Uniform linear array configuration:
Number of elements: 64
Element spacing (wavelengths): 0.25
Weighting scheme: binomial
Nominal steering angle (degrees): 45
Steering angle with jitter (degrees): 44.378
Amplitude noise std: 0.05
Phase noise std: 0.05

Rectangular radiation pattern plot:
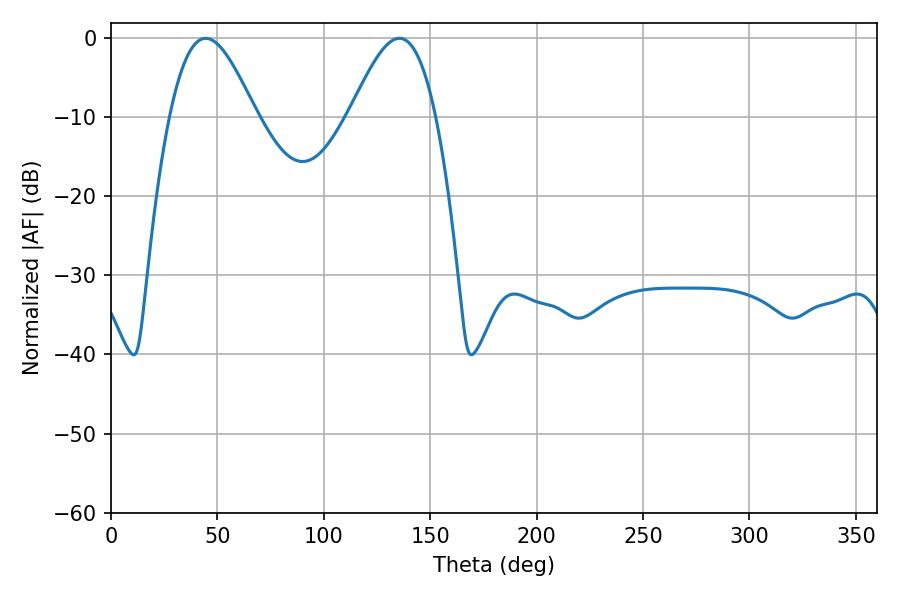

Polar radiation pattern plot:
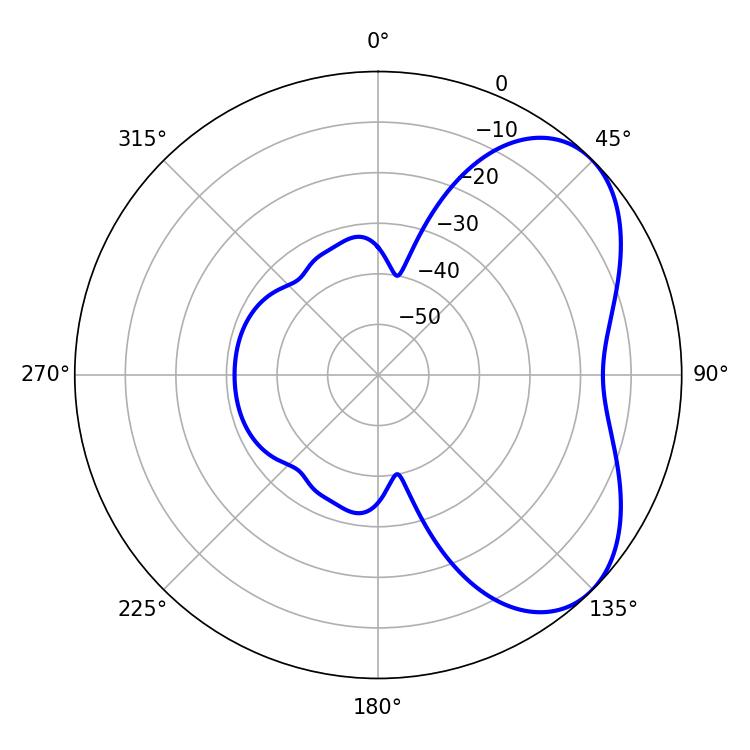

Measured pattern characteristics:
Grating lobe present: FALSE
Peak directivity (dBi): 5.13
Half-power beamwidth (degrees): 21.6
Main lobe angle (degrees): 44.46